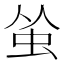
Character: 𬟺